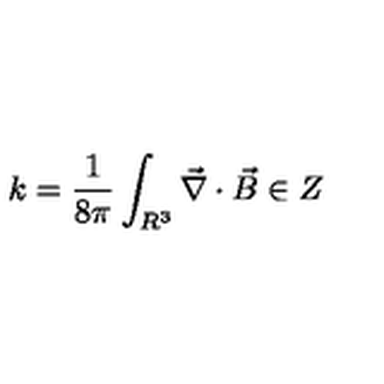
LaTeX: k = \frac { 1 } { 8 \pi } \int _ { R ^ { 3 } } \vec { \nabla } \cdot \vec { B } \in Z